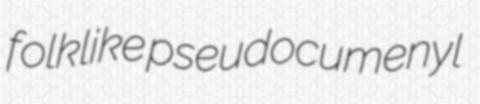
folklike pseudocumenyl